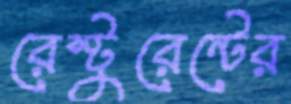
রেস্টুরেন্টের